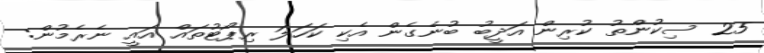
25 ސިކުންތު ކުރިން އަދީބު ބުނެގެން އެކި ކަހަލަ ރިޕޯޓުތައް އައީ ނެރެމުން: